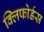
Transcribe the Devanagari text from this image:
क्लिफोर्डस